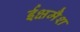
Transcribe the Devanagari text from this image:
ईक्षमैश